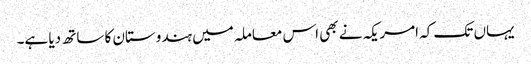
یہاں تک کہ امریکہ نے بھی اس معاملہ میں ہندوستان کا ساتھ دیا ہے۔